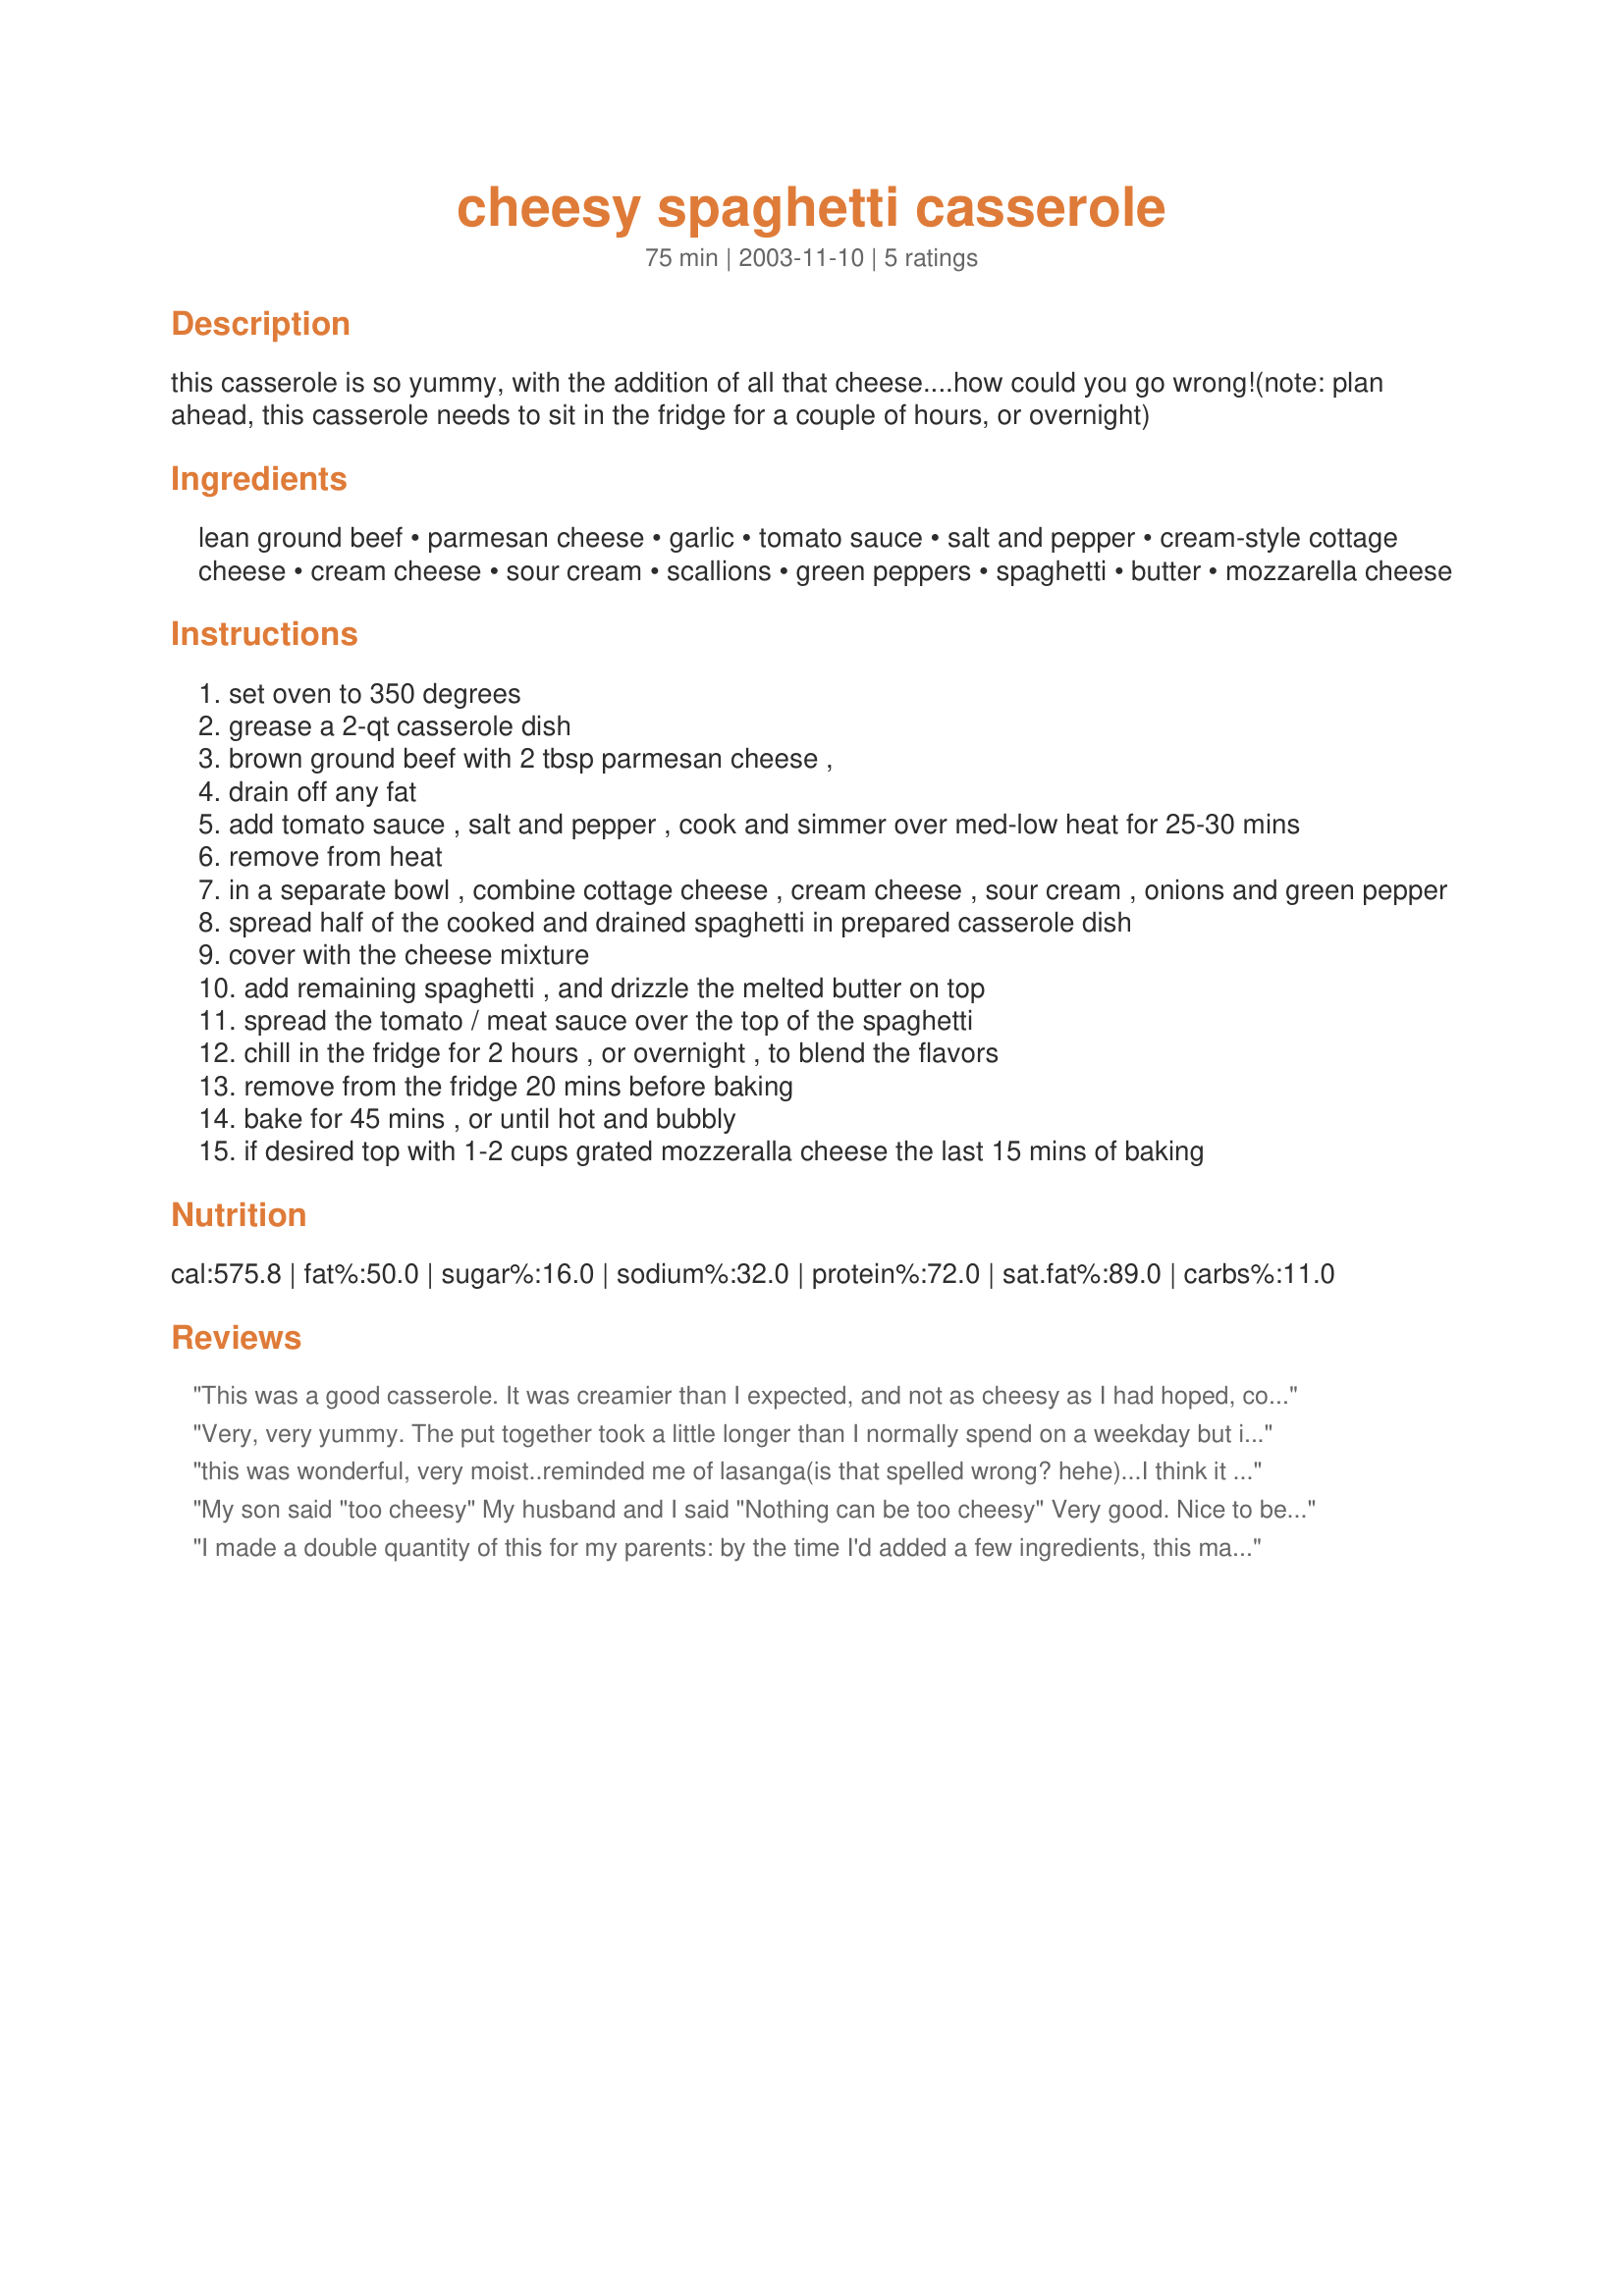
cheesy spaghetti casserole
Preparation time: 75 minutes

this casserole is so yummy, with the addition of all that cheese....how could you go wrong!(note: plan ahead, this casserole needs to sit in the fridge for a couple of hours, or overnight)

Ingredients:
lean ground beef, parmesan cheese, garlic, tomato sauce, salt and pepper, cream-style cottage cheese, cream cheese, sour cream, scallions, green peppers, spaghetti, butter, mozzarella cheese

Steps:
set oven to 350 degrees
grease a 2-qt casserole dish
brown ground beef with 2 tbsp parmesan cheese ,
drain off any fat
add tomato sauce , salt and pepper , cook and simmer over med-low heat for 25-30 mins
remove from heat
in a separate bowl , combine cottage cheese , cream cheese , sour cream , onions and green pepper
spread half of the cooked and drained spaghetti in prepared casserole dish
cover with the cheese mixture
add remaining spaghetti , and drizzle the melted butter on top
spread the tomato / meat sauce over the top of the spaghetti
chill in the fridge for 2 hours , or overnight , to blend the flavors
remove from the fridge 20 mins before baking
bake for 45 mins , or until hot and bubbly
if desired top with 1-2 cups grated mozzeralla cheese the last 15 mins of baking

Reviews:
This was a good casserole. It was creamier than I expected, and not as cheesy as I had hoped, considering how much cheese is in it. I had it sit in the fridge overnight.
I think next time I would add more spices to sauce (I just used plain tomato sauce) and use more garlic. I used 3 cloves, but found it was still not enough.
The servings are HUGE, and I made it with a green salad. We had lots of leftovers for lunches.
Very, very yummy. The put together took a little longer than I normally spend on a weekday but it works out because you do it ahead. Definitely would be a great meal to do the night before a busy day.
this was wonderful, very moist..reminded me of lasanga(is that spelled wrong? hehe)...I think it would be good with black olives and mushrooms also, but I made it exactly as directed..My family really enjoyed this, will be making again...strawberryjane
My son said "too cheesy" My husband and I said "Nothing can be too cheesy" Very good. Nice to be able to make ahead and refrigerate.
I made a double quantity of this for my parents: by the time I'd added a few ingredients, this made a goodly quantity of meals to put in their freezer! Naturally, I sampled it before it was divided into meal-size containers for the freezer. Yummy! Loved the different cheeses: I used all low-fat cheeses (except for the Parmesan and mozzarella) and low fat sour cream because I’ve found there's no discernible loss of flavour. I used two red peppers and about three cups of mushrooms. And, of course, I used the (optional!) garlic: 6 cloves. I also halved the quantity of melted butter, again in an effort to lower the fat content. And I added a teaspoon of a blend of Greek herbs and spices. This is a very yummy, easy-to-make recipe, ideal for freezing. Thank you, KITTENCAL, for sharing another fabulously flavoursome recipe!
